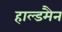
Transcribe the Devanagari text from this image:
हाल्डमैन